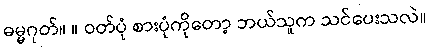
ဓမ္မဂုတ်။ ။ ဝတ်ပုံ စားပုံကိုတော့ ဘယ်သူက သင်ပေးသလဲ။